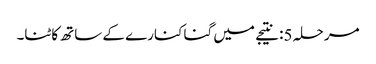
مرحلہ 5: نتیجے میں گنا کنارے کے ساتھ کاٹنا۔